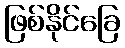
ဖြစ်နိုင်ခြေ